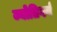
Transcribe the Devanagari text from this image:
ज्योतिगर्ग